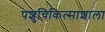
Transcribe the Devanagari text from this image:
पशुचिकित्साशाला